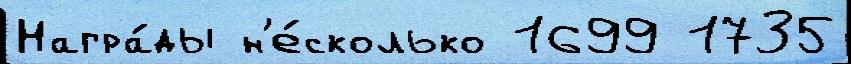
Награ́ды н'е́сколько 1699 1735